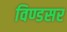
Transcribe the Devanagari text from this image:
विण्डसर